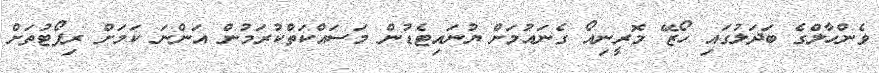
ވެންހާލްގެ ބަދަލުގައި ހޯޒޭ މޮރީނިއޯ ގެނައުމަށް ޔުނައިޓެޑުން މަސައްކަތްކުރަމުން އަންނަ ކަމަށް ރިޕޯޓުތަށް